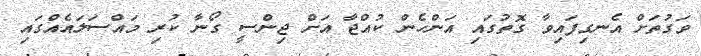
ވަގުތަށް އެނގިފައިވާ ގޮތުގައި އަންހެން ކުއްޖާ އަށް ޖިންސީ ގޯނާ ކުރި މައްސަލައެއްގައި